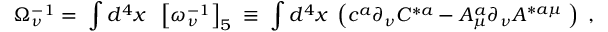
\Omega _ { \nu } ^ { - 1 } = \; \int d ^ { 4 } x \; \; \left[ \omega _ { \nu } ^ { - 1 } \right] _ { 5 } \; \equiv \; \int d ^ { 4 } x \; \left( c ^ { a } \partial _ { \nu } C ^ { * a } - A _ { \mu } ^ { a } \partial _ { \nu } A ^ { * a \mu } \; \right) \; ,